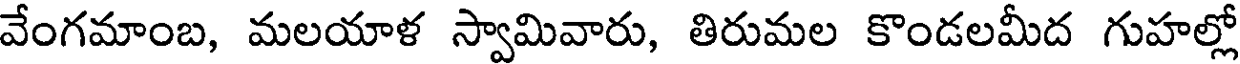
వేంగమాంబ, మలయాళ స్వామివారు, తిరుమల కొండలమీద గుహల్లో